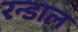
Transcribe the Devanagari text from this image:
रन्डाल